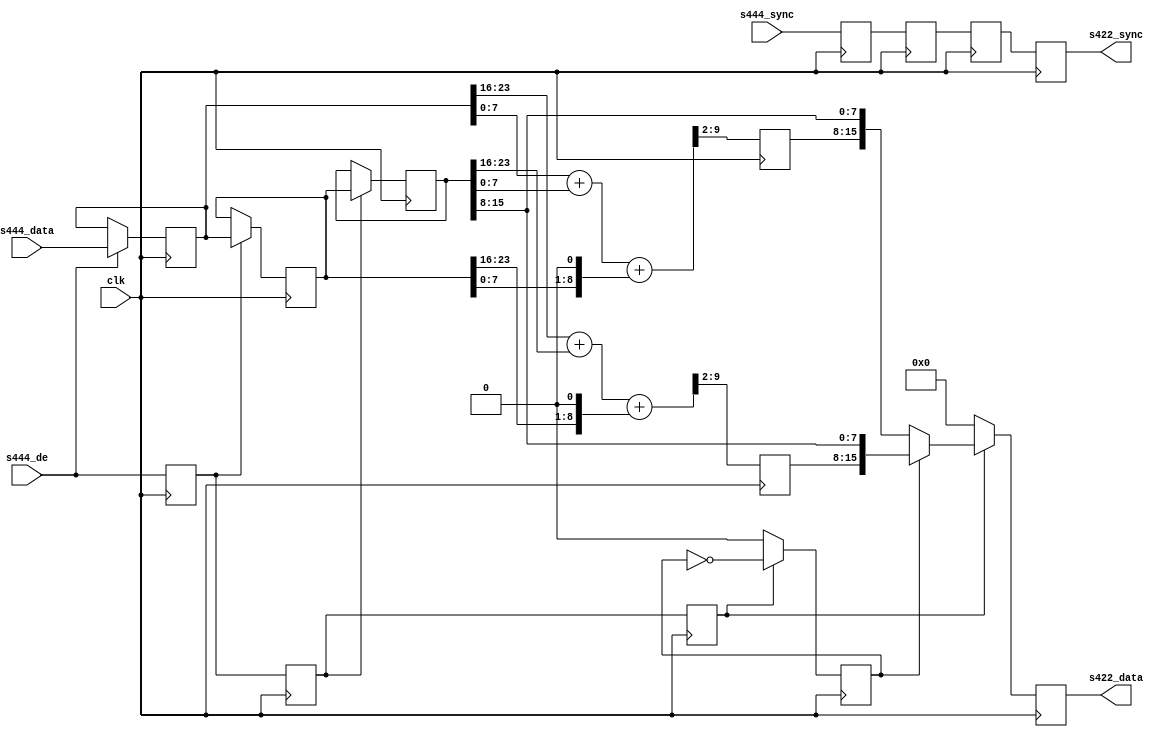
// ***************************************************************************
// ***************************************************************************
// Copyright 2011(c) Analog Devices, Inc.
// 
// All rights reserved.
// 
// Redistribution and use in source and binary forms, with or without modification,
// are permitted provided that the following conditions are met:
//     - Redistributions of source code must retain the above copyright
//       notice, this list of conditions and the following disclaimer.
//     - Redistributions in binary form must reproduce the above copyright
//       notice, this list of conditions and the following disclaimer in
//       the documentation and/or other materials provided with the
//       distribution.
//     - Neither the name of Analog Devices, Inc. nor the names of its
//       contributors may be used to endorse or promote products derived
//       from this software without specific prior written permission.
//     - The use of this software may or may not infringe the patent rights
//       of one or more patent holders.  This license does not release you
//       from the requirement that you obtain separate licenses from these
//       patent holders to use this software.
//     - Use of the software either in source or binary form, must be run
//       on or directly connected to an Analog Devices Inc. component.
//    
// THIS SOFTWARE IS PROVIDED BY ANALOG DEVICES "AS IS" AND ANY EXPRESS OR IMPLIED WARRANTIES,
// INCLUDING, BUT NOT LIMITED TO, NON-INFRINGEMENT, MERCHANTABILITY AND FITNESS FOR A
// PARTICULAR PURPOSE ARE DISCLAIMED.
//
// IN NO EVENT SHALL ANALOG DEVICES BE LIABLE FOR ANY DIRECT, INDIRECT, INCIDENTAL, SPECIAL,
// EXEMPLARY, OR CONSEQUENTIAL DAMAGES (INCLUDING, BUT NOT LIMITED TO, INTELLECTUAL PROPERTY
// RIGHTS, PROCUREMENT OF SUBSTITUTE GOODS OR SERVICES; LOSS OF USE, DATA, OR PROFITS; OR 
// BUSINESS INTERRUPTION) HOWEVER CAUSED AND ON ANY THEORY OF LIABILITY, WHETHER IN CONTRACT,
// STRICT LIABILITY, OR TORT (INCLUDING NEGLIGENCE OR OTHERWISE) ARISING IN ANY WAY OUT OF 
// THE USE OF THIS SOFTWARE, EVEN IF ADVISED OF THE POSSIBILITY OF SUCH DAMAGE.
// ***************************************************************************
// ***************************************************************************
// ***************************************************************************
// ***************************************************************************
// Input must be RGB or CrYCb in that order, output is CrY/CbY

module ad_ss_444to422 (

  // 444 inputs

  clk,
  s444_de,
  s444_sync,
  s444_data,

  // 422 outputs

  s422_sync,
  s422_data);

  // parameters

  parameter   Cr_Cb_N = 0;
  parameter   DELAY_DATA_WIDTH = 16;
  localparam  DW = DELAY_DATA_WIDTH - 1;

  // 444 inputs

  input           clk;
  input           s444_de;
  input   [DW:0]  s444_sync;
  input   [23:0]  s444_data;

  // 422 outputs

  output  [DW:0]  s422_sync;
  output  [15:0]  s422_data;

  // internal registers

  reg             s444_de_d = 'd0;
  reg     [DW:0]  s444_sync_d = 'd0;
  reg     [23:0]  s444_data_d = 'd0;
  reg             s444_de_2d = 'd0;
  reg     [DW:0]  s444_sync_2d = 'd0;
  reg     [23:0]  s444_data_2d = 'd0;
  reg             s444_de_3d = 'd0;
  reg     [DW:0]  s444_sync_3d = 'd0;
  reg     [23:0]  s444_data_3d = 'd0;
  reg     [ 7:0]  cr = 'd0;
  reg     [ 7:0]  cb = 'd0;
  reg             cr_cb_sel = 'd0;
  reg     [DW:0]  s422_sync = 'd0;
  reg     [15:0]  s422_data = 'd0;

  // internal wires

  wire    [ 9:0]  cr_s;
  wire    [ 9:0]  cb_s;

  // fill the data pipe lines, hold the last data on edges 

  always @(posedge clk) begin
    s444_de_d <= s444_de;
    s444_sync_d <= s444_sync;
    if (s444_de == 1'b1) begin
      s444_data_d <= s444_data;
    end
    s444_de_2d <= s444_de_d;
    s444_sync_2d <= s444_sync_d;
    if (s444_de_d == 1'b1) begin
      s444_data_2d <= s444_data_d;
    end
    s444_de_3d <= s444_de_2d;
    s444_sync_3d <= s444_sync_2d;
    if (s444_de_2d == 1'b1) begin
      s444_data_3d <= s444_data_2d;
    end
  end

  // get the average 0.25*s(n-1) + 0.5*s(n) + 0.25*s(n+1)

  assign cr_s = {2'd0, s444_data_d[23:16]} +
                {2'd0, s444_data_3d[23:16]} +
                {1'd0, s444_data_2d[23:16], 1'd0};

  assign cb_s = {2'd0, s444_data_d[7:0]} +
                {2'd0, s444_data_3d[7:0]} +
                {1'd0, s444_data_2d[7:0], 1'd0};

  always @(posedge clk) begin
    cr <= cr_s[9:2];
    cb <= cb_s[9:2];
    if (s444_de_3d == 1'b1) begin
      cr_cb_sel <= ~cr_cb_sel;
    end else begin
      cr_cb_sel <= Cr_Cb_N;
    end
  end

  // 422 outputs

  always @(posedge clk) begin
    s422_sync <= s444_sync_3d;
    if (s444_de_3d == 1'b0) begin
      s422_data <= 'd0;
    end else if (cr_cb_sel == 1'b1) begin
      s422_data <= {cr, s444_data_3d[15:8]};
    end else begin
      s422_data <= {cb, s444_data_3d[15:8]};
    end
  end

endmodule

// ***************************************************************************
// ***************************************************************************